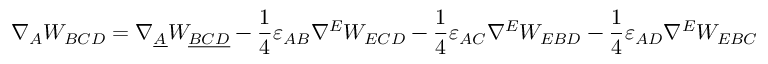
\nabla _ { A } W _ { B C D } = \nabla _ { \underline { { { A } } } } W _ { \underline { { { B C D } } } } - \frac { 1 } { 4 } \varepsilon _ { A B } \nabla ^ { E } W _ { E C D } - \frac { 1 } { 4 } \varepsilon _ { A C } \nabla ^ { E } W _ { E B D } - \frac { 1 } { 4 } \varepsilon _ { A D } \nabla ^ { E } W _ { E B C }